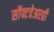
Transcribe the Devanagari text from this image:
सॉफ्टवेअरही